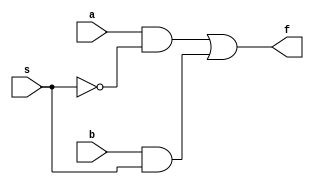
module mux2to1Gate(a, b, s, f);
	input a, b, s;
	output f;
	wire aChoose, bChoose, sNot;

	not n1(sNot, s);
	and a1(aChoose, a, sNot);
	and a2(bChoose, b, s);
	or o1(f, aChoose, bChoose);
endmodule

module mux2to1DataFlow(a, b, s, f);
	input a, b, s;
	output f;

	assign f = s ? a : b;
endmodule

module mux2to1Behavioral(a, b, s, f);
	input a, b, s;
	output reg f;
	always @(a, b, s)
		if (s == 1)
			f = a;
		else
			f = b;
endmodule

module testBench;
	reg a, b, s;
	wire f;

	mux2to1Behavioral m1(a, b, s, f);
	initial
	begin
		$monitor(, $time, "a = %b, b = %b, s = %b, f = %b", a, b, s, f);
		#0 a = 1'b0; b = 1'b1;
		#2 s = 1'b1;
		#5 s = 1'b0;
		#10 a = 1'b1; b = 1'b0;
		#15 s = 1'b1;
		#20 s = 1'b0;
		#100 $finish;
	end
endmodule